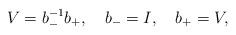
LaTeX: \begin{align*}V=b_-^{-1} b_+, \ \ \ b_-=I, \ \ \ b_+=V,\end{align*}